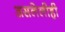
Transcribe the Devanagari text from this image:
असलेलीही